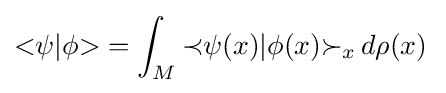
{\mathopen {<}}\psi |\phi {\mathclose {>}}=\int _{M}{\prec }\psi (x)|\phi (x){\succ }_{x}{\,}d\rho (x){\,}